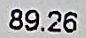
89.26